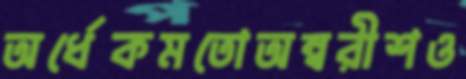
অর্ধেকমতোঅম্বরীশও